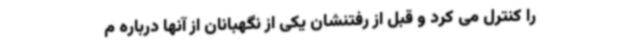
را کنترل می کرد و قبل از رفتنشان یکی از نگهبانان از آنها درباره م